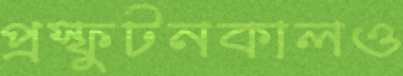
প্রস্ফুটনকালও